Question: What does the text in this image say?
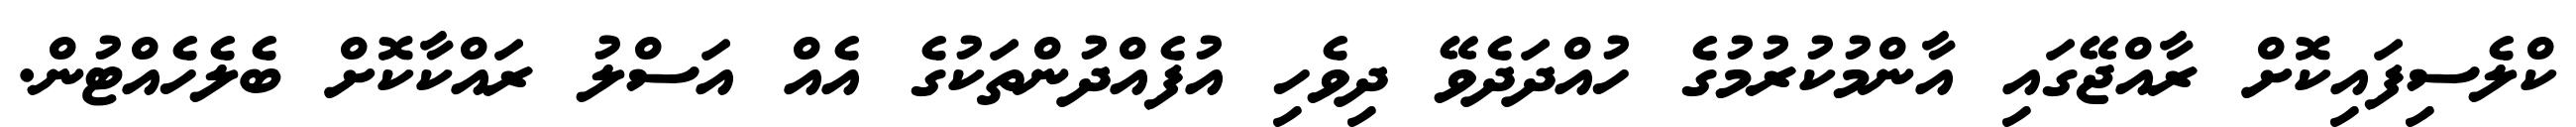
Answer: ކްލެސިފައިކޮށް ރާއްޖޭގައި އާންމުކުރުމުގެ ހުއްދަދެވޭ ދިވެހި އުފެއްދުންތަކުގެ އެއް އަސްލު ރައްކާކޮށް ބެލެހެއްޓުން.